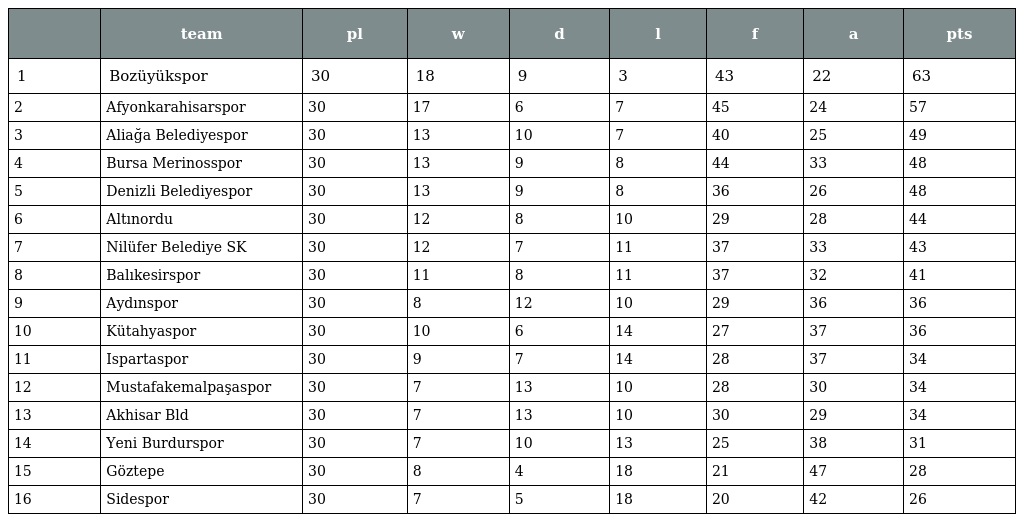
|  | team | pl | w | d | l | f | a | pts |
 | --- | --- | --- | --- | --- | --- | --- | --- | --- |
 | 1 | Bozüyükspor | 30 | 18 | 9 | 3 | 43 | 22 | 63 |
 | 2 | Afyonkarahisarspor | 30 | 17 | 6 | 7 | 45 | 24 | 57 |
 | 3 | Aliağa Belediyespor | 30 | 13 | 10 | 7 | 40 | 25 | 49 |
 | 4 | Bursa Merinosspor | 30 | 13 | 9 | 8 | 44 | 33 | 48 |
 | 5 | Denizli Belediyespor | 30 | 13 | 9 | 8 | 36 | 26 | 48 |
 | 6 | Altınordu | 30 | 12 | 8 | 10 | 29 | 28 | 44 |
 | 7 | Nilüfer Belediye SK | 30 | 12 | 7 | 11 | 37 | 33 | 43 |
 | 8 | Balıkesirspor | 30 | 11 | 8 | 11 | 37 | 32 | 41 |
 | 9 | Aydınspor | 30 | 8 | 12 | 10 | 29 | 36 | 36 |
 | 10 | Kütahyaspor | 30 | 10 | 6 | 14 | 27 | 37 | 36 |
 | 11 | Ispartaspor | 30 | 9 | 7 | 14 | 28 | 37 | 34 |
 | 12 | Mustafakemalpaşaspor | 30 | 7 | 13 | 10 | 28 | 30 | 34 |
 | 13 | Akhisar Bld | 30 | 7 | 13 | 10 | 30 | 29 | 34 |
 | 14 | Yeni Burdurspor | 30 | 7 | 10 | 13 | 25 | 38 | 31 |
 | 15 | Göztepe | 30 | 8 | 4 | 18 | 21 | 47 | 28 |
 | 16 | Sidespor | 30 | 7 | 5 | 18 | 20 | 42 | 26 |